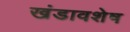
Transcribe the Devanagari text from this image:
खंडावशेष